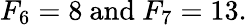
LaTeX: F_{6}=8{\mathrm{~and~}}F_{7}=13.